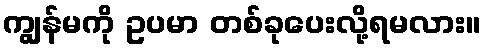
ကျွန်မကို ဥပမာ တစ်ခုပေးလို့ရမလား။